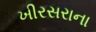
ખીરસરાના